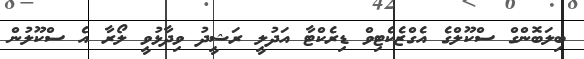
ބިލަބޮންގް ސްކޫލްގެ އެގްޒެކެޓިވް ޑިރެކްޓާ އަދުލީ ރަޝީދު ވިދާޅުވީ ލޯރާ އެ ސްކޫލުން